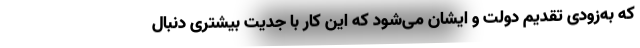
که به‌زودی تقدیم دولت و ایشان می‌شود که این کار با جدیت بیشتری دنبال